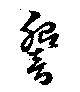
響